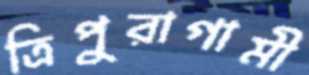
ত্রিপুরাগামী